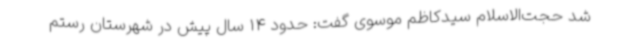
شد حجت‌الاسلام سیدکاظم موسوی گفت: حدود 14 سال پیش در شهرستان رستم